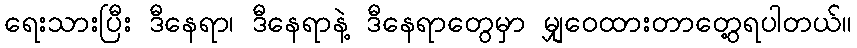
ရေးသားပြီး ဒီနေရာ၊ ဒီနေရာနဲ့ ဒီနေရာတွေမှာ မျှဝေထားတာတွေ့ရပါတယ်။